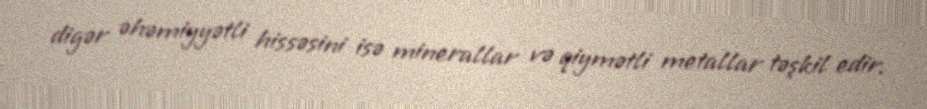
digər əhəmiyyətli hissəsini isə minerallar və qiymətli metallar təşkil edir.